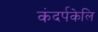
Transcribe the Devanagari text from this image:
कंदर्पकेलि